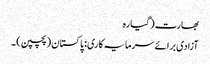
بھارت (گیارہ
آزادی برائے سرمایہ کاری: پاکستان (پچپن) ۔